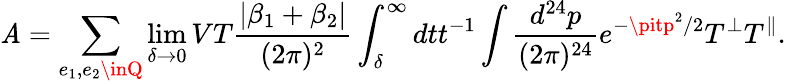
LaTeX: \mathit{A}=\sum_{e_{1},e_{2}\inQ}\operatorname*{lim}_{\delta\rightarrow0}VT{\frac{{|\beta_{1}+\beta_{2}|}}{{(2\pi)^{2}}}}\int_{\delta}^{\infty}dtt^{-1}\int{\frac{{d^{24}p}}{{(2\pi)^{24}}}}e^{-\pitp^{2}/2}T^{\perp}T^{\parallel}.